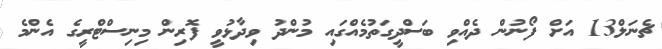
ޗެނަލް13 އަށް ފޯނުން ދެއްވި ބަސްދީގަތުމެއްގައި މުންދު ވިދާޅުވީ ފޮރިން މިނިސްޓްރީގެ އެންމެ